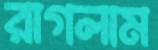
রাগলাম